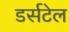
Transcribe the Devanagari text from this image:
डर्सटेल